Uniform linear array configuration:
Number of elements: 32
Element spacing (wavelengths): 0.75
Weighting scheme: exponential
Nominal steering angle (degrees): -30
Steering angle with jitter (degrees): -30.986
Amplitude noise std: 0.05
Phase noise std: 0.05

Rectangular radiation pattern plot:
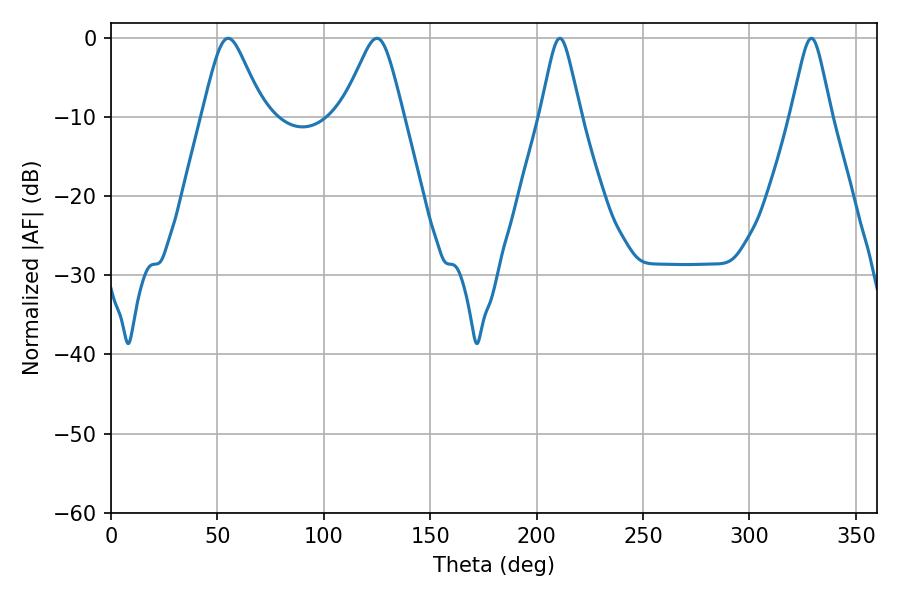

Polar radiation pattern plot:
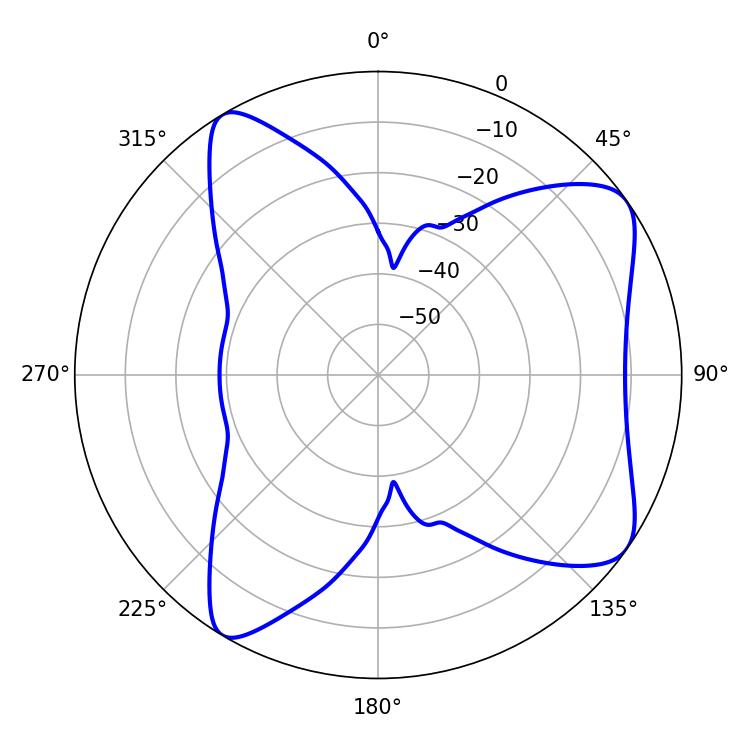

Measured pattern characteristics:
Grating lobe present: TRUE
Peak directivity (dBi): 7.955
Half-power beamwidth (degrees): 13.86
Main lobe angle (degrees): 55.08